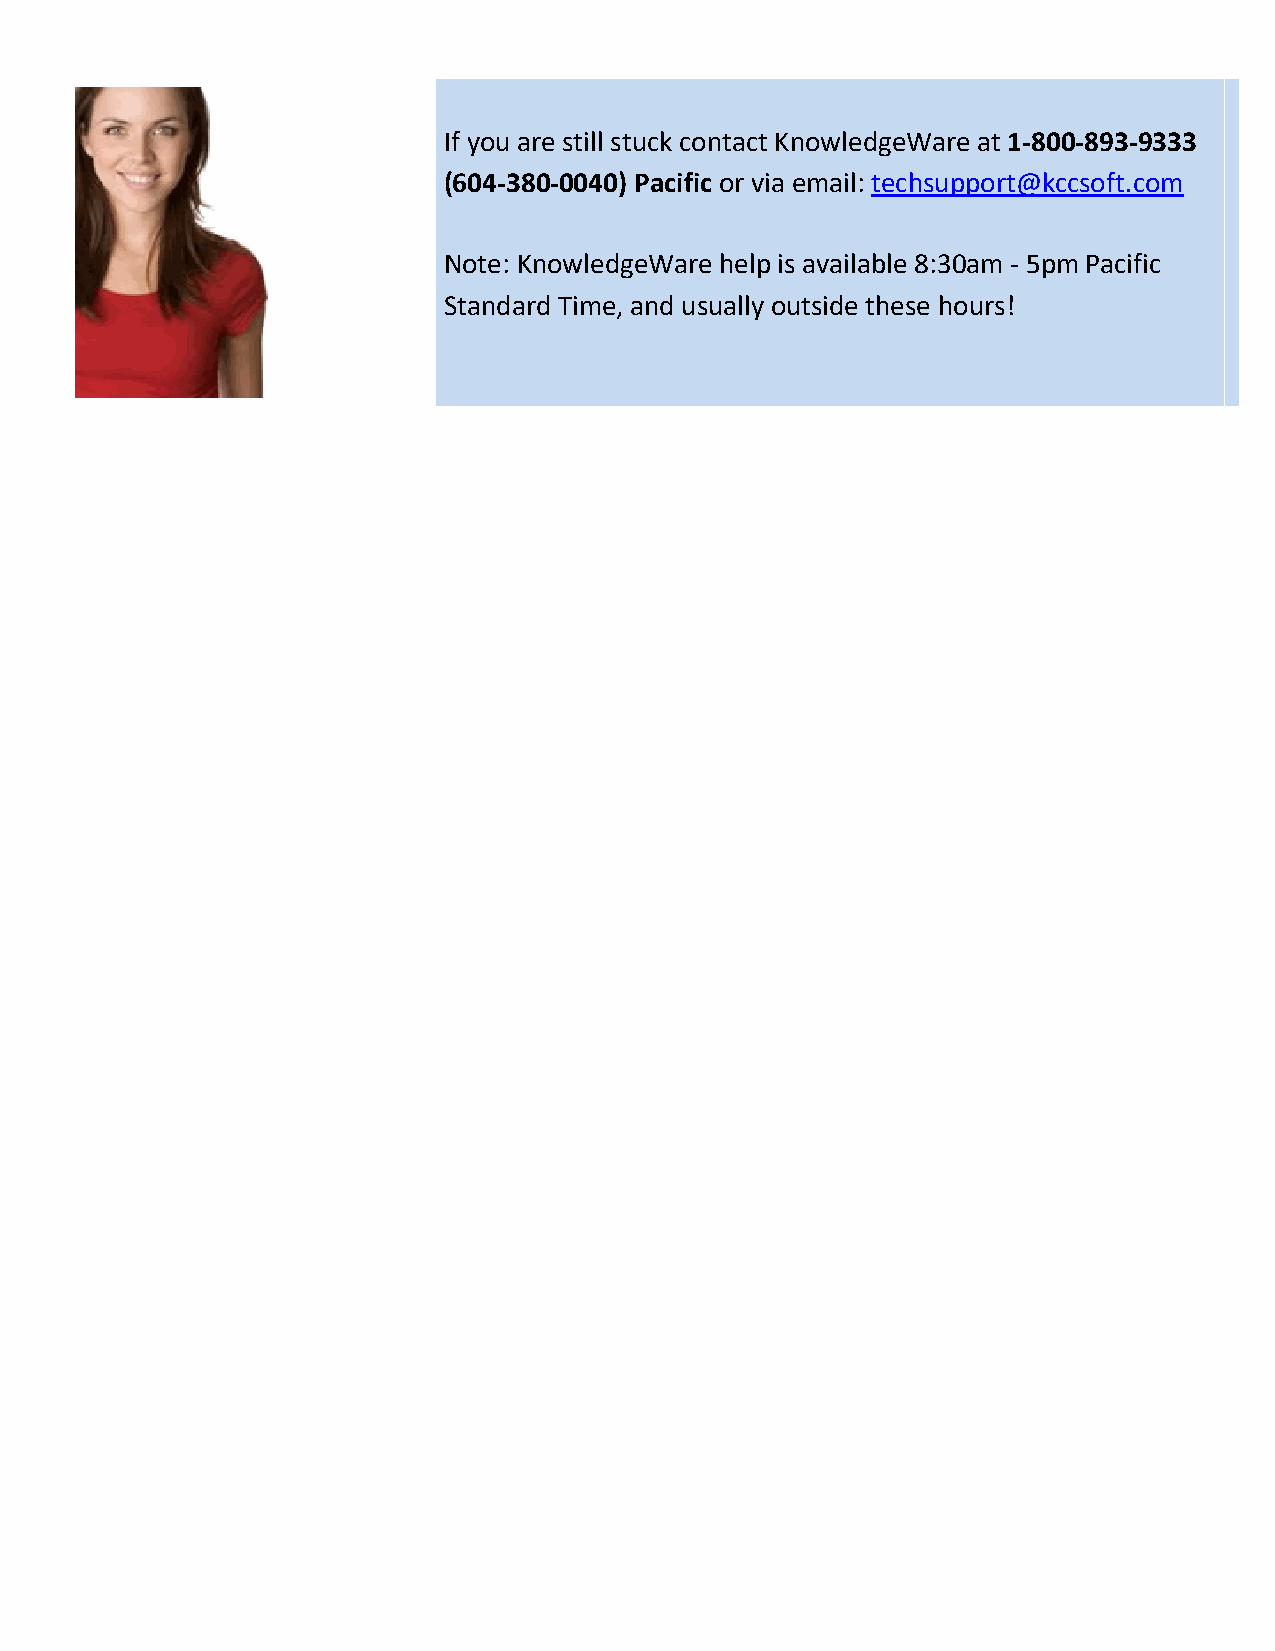
If you are still stuck contact KnowledgeWare at 1-800-893-9333
 (604-380-0040) Pacific or via email: techsupport@kccsoft.com
 Note: KnowledgeWare help is available 8:30am - 5pm Pacific
 Standard Time, and usually outside these hours!